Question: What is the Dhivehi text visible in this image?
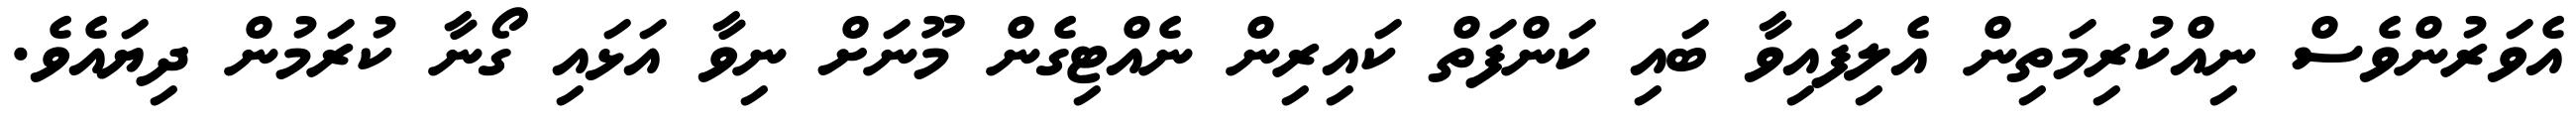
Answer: އެވަރުންވެސް ނިއްކުރިމަތިން އެލިފައިވާ ބައި ކަންފަތް ކައިރިން ނެއްޓިގެން މޫނަށް ނިވާ އަޅައި ގޯނާ ކުރަމުން ދިޔައެވެ.